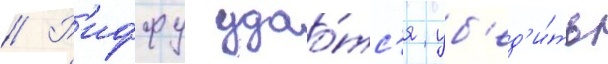
// Р'иффу удао́тс'я уб'ед'и́ть